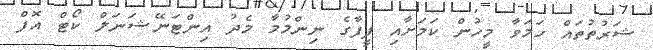
ޝަރުތުތައް ހަމަވާ މީހުން ކަމަށާއި ފީފާގެ ނިންމުމާ މެދު އިންޓަނޭޝަނަލް ކޯޓް އޮފް